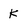
Character: k